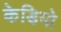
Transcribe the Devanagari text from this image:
केडियो